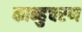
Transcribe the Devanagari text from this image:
कान्हुचरण